Annual administration report of the Civil Veterinary Department of India - 1895-1896
Year: 1895
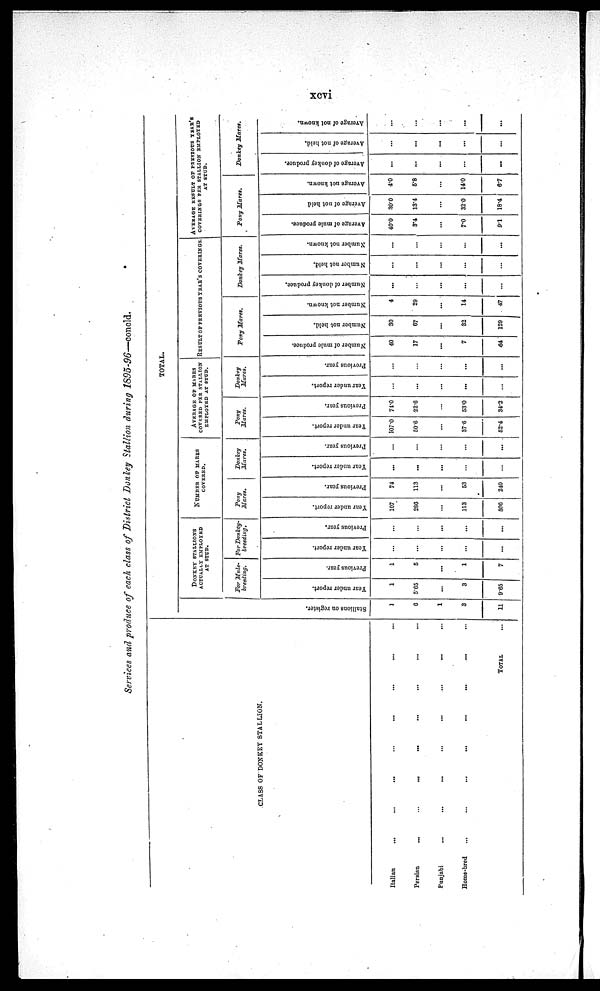
xcvi
Services and produce of each class of District Donkey Stallion during 1895-96—ooncld.
CLASS OF DONKEY STALLION.
Italian ... ... ... ... ... ... ... ...
Persian ... ... ... ... ... ... ... ...
Punjabi ... ... ... ... ... ... ... ...
Home-bred ... ... ... ... ... ... ... ...
TOTAL
...
TOTAL.
St al l
i
ons on register.
1
6
1
3
11
DONKEY STALLIONS
ACTUALLY EMPLOYED
AT STUD.
For Mule-
breeding.
Year under report.
1
5.65
...
3
9.65
Previous year.
1
5
...
1
7
For Donkey-
breeding.
Year under report.
...
...
...
...
...
Previous year.
...
...
...
...
...
NUMBER OF
MARES
COVERED.
Pony
Mares.
Year under report.
107
286
...
113
506
Previous year.
74
113
...
53
240
Donkey
Mares.
Year under report.
...
...
...
...
...
Previous year.
...
...
...
...
...
AVERAGE OF MARES
COVERED PER STALLTON
EMPLOYED AT STUD.
Pony
Mares.
Year under report.
107.0
50.6
...
37.6
52.4
Previous year.
74.0
22.6
...
53.0
34.2
Donkey
Mares.
Year under report.
...
...
...
...
...
Previous year.
...
...
...
...
...
RESULT OF PREVIOUS YEAR'S COVERINGS.
Pony Mares.
Number of mule produce.
40
17
...
7
64
Number not held.
30
67
...
32
129
Number not known.
4
29
...
14
47
Donkey Mares.
Number of donkey produce.
...
...
...
...
...
Number not held.
...
...
....
...
...
Number not known.
...
...
...
...
...
AVERAGE RESULT OF PREVIOUS YEAR'S
COVERINGS PER STALLION EMPLOYED
AT STUD.
Pony
Mares.
Average of mule produce.
40.0
3.4
...
7.0
9.1
Average of not held
30.0
13.4
...
32.0
18.4
Average not known.
4.0
5.8
...
14.0
6.7
Donkey
Mares.
Average of donkey produce.
...
...
...
...
...
Average of not held.
...
...
...
...
...
Average of not known.
...
...
...
...
...